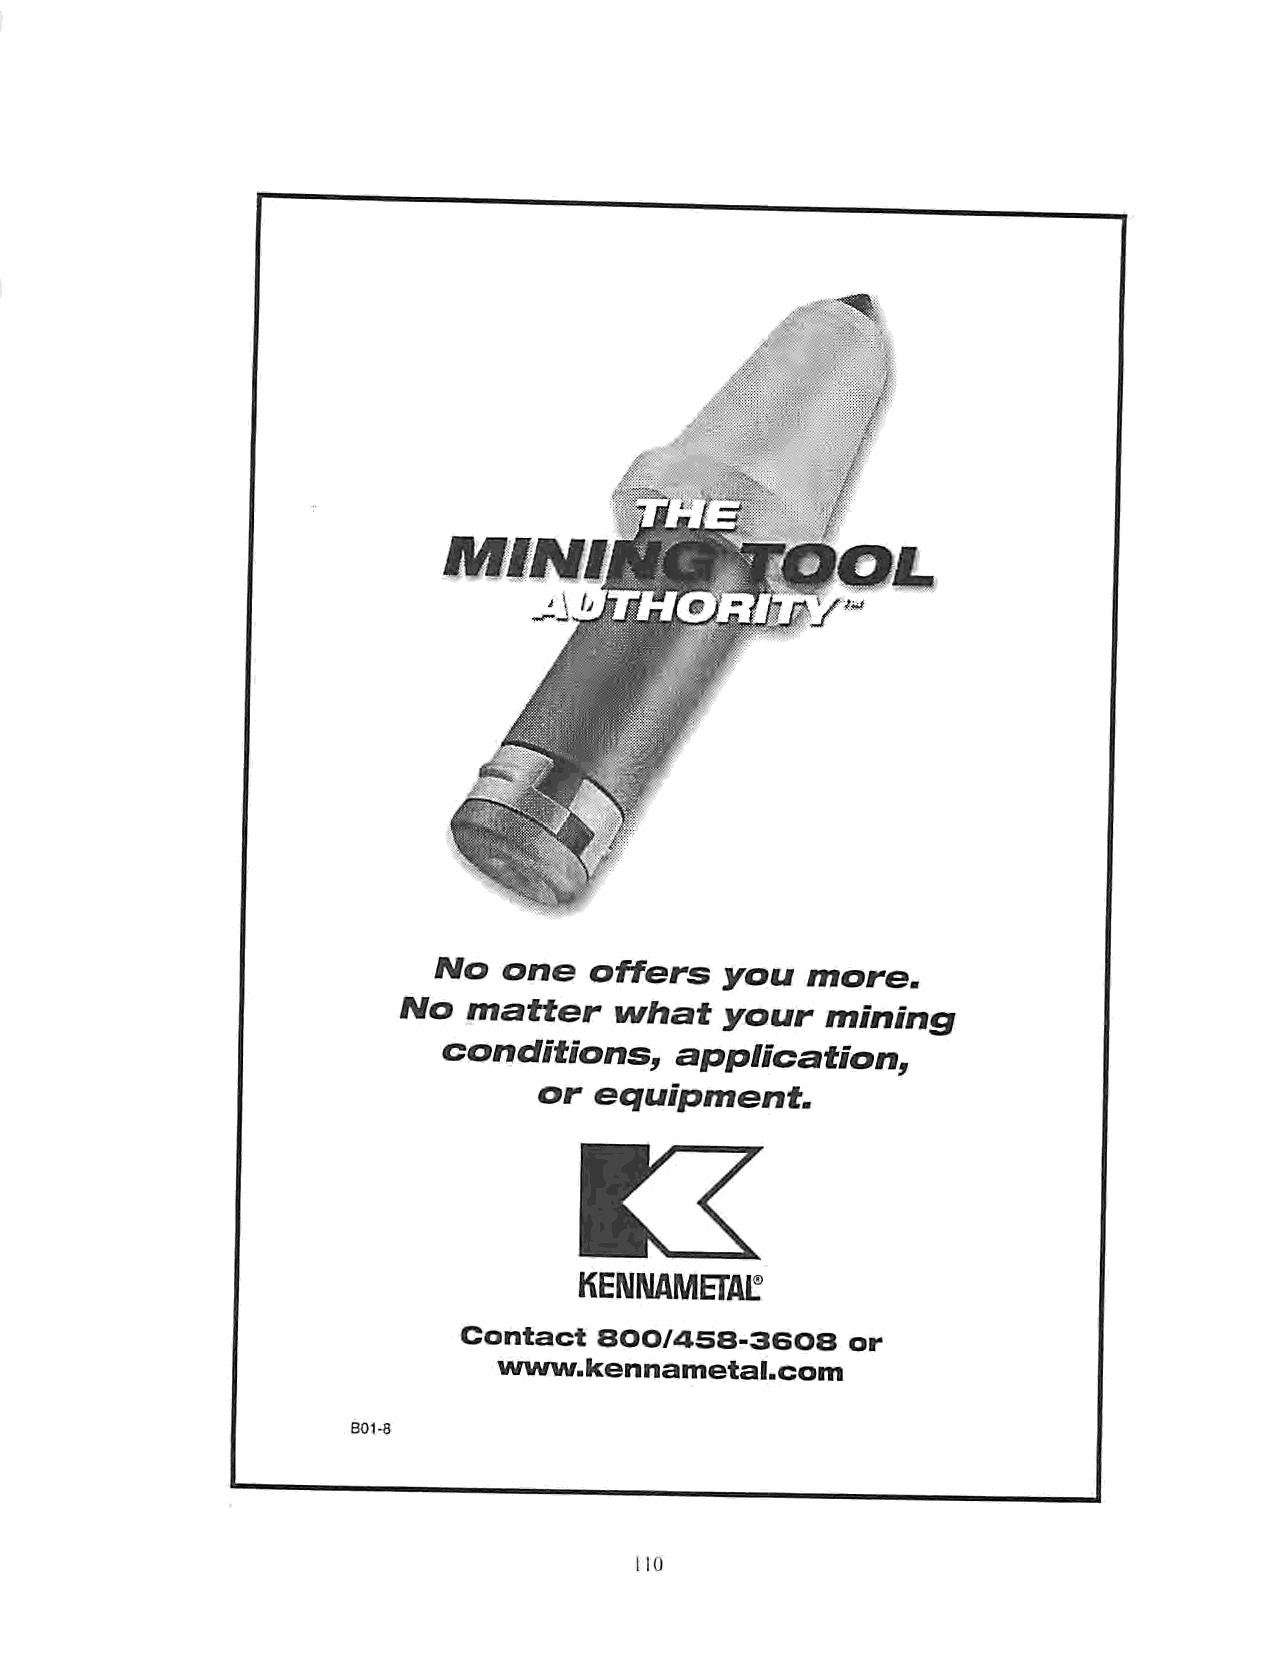
No  one   offers   you  more.
 No   matter    what   your   mining
 conditions,     application,
 or equipment.
 KENNAMETAL®
 Contact  800/458-3608     or
 www.kennametal.com
 B01-8
 10